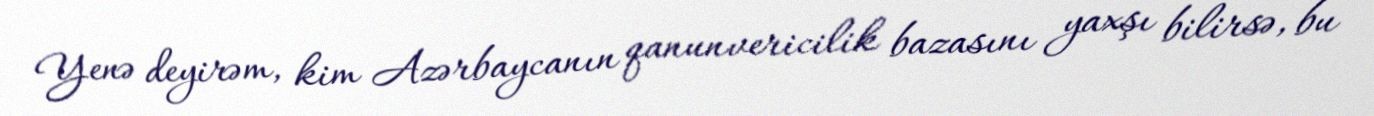
Yenə deyirəm, kim Azərbaycanın qanunvericilik bazasını yaxşı bilirsə, bu